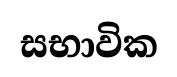
සභාවික